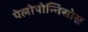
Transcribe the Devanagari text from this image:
पेलोपोन्निसोस